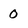
Character: 0